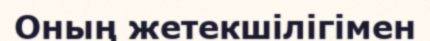
Оның жетекшілігімен